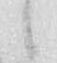
候